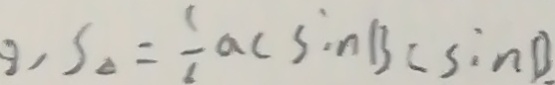
, S _ { \Delta } = \frac { 1 } { 6 } a c \sin B c \sin B .